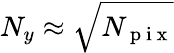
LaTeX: N_{y}\approx\sqrt{N_{\mathrm{~p~i~x~}}}